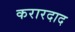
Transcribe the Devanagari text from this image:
करारदाद